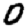
Digit: 0